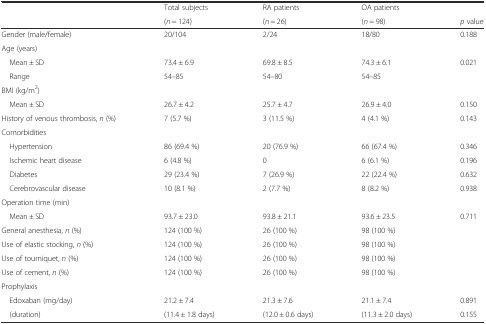
|  | Total subjects | RA patients | OA patients |  |
 |  | (n = 124) | (n = 26) | (n = 98) | p value |
 | --- | --- | --- | --- | --- |
 | Gender (male/female) | 20/104 | 2/24 | 18/80 | 0.188 |
 | <COLSPAN=5> Age (years) |
 | Mean ± SD | 73.4 ± 6.9 | 69.8 ± 8.5 | 74.3 ± 6.1 | 0.021 |
 | Range | 54–85 | 54–80 | 54–85 |  |
 | <COLSPAN=5> BMI (kg/m2) |
 | Mean ± SD | 26.7 ± 4.2 | 25.7 ± 4.7 | 26.9 ± 4.0 | 0.150 |
 | History of venous thrombosis, n (%) | 7 (5.7 %) | 3 (11.5 %) | 4 (4.1 %) | 0.143 |
 | <COLSPAN=5> Comorbidities |
 | Hypertension | 86 (69.4 %) | 20 (76.9 %) | 66 (67.4 %) | 0.346 |
 | Ischemic heart disease | 6 (4.8 %) | 0 | 6 (6.1 %) | 0.196 |
 | Diabetes | 29 (23.4 %) | 7 (26.9 %) | 22 (22.4 %) | 0.632 |
 | Cerebrovascular disease | 10 (8.1 %) | 2 (7.7 %) | 8 (8.2 %) | 0.938 |
 | <COLSPAN=5> Operation time (min) |
 | Mean ± SD | 93.7 ± 23.0 | 93.8 ± 21.1 | 93.6 ± 23.5 | 0.711 |
 | General anesthesia, n (%) | 124 (100 %) | 26 (100 %) | 98 (100 %) |  |
 | Use of elastic stocking, n (%) | 124 (100 %) | 26 (100 %) | 98 (100 %) |  |
 | Use of tourniquet, n (%) | 124 (100 %) | 26 (100 %) | 98 (100 %) |  |
 | Use of cement, n (%) | 124 (100 %) | 26 (100 %) | 98 (100 %) |  |
 | <COLSPAN=5> Prophylaxis |
 | Edoxaban (mg/day) | 21.2 ± 7.4 | 21.3 ± 7.6 | 21.1 ± 7.4 | 0.891 |
 | (duration) | (11.4 ± 1.8 days) | (12.0 ± 0.6 days) | (11.3 ± 2.0 days) | 0.155 |